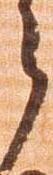
之